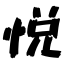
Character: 悦